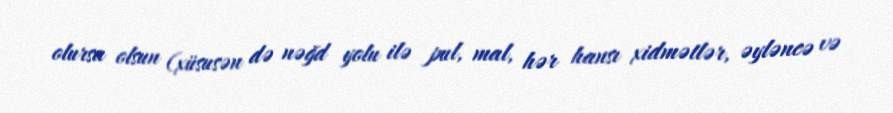
olursa olsun (xüsusən də nəğd yolu ilə pul, mal, hər hansı xidmətlər, əyləncə və